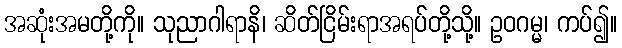
အဆုံးအမတို့ကို။ သုညာဂါရာနိ၊ ဆိတ်ငြိမ်းရာအရပ်တို့သို့။ ဥဝဂမ္မ၊ ကပ်၍။